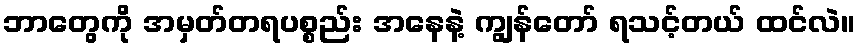
ဘာတွေကို အမှတ်တရပစ္စည်း အနေနဲ့ ကျွန်တော် ရသင့်တယ် ထင်လဲ။